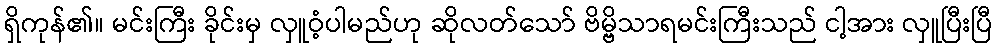
ရှိကုန်၏။ မင်းကြီး ခိုင်းမှ လှူဝံ့ပါမည်ဟု ဆိုလတ်သော် ဗိမ္ဗိသာရမင်းကြီးသည် ငါ့အား လှူပြီးပြီ